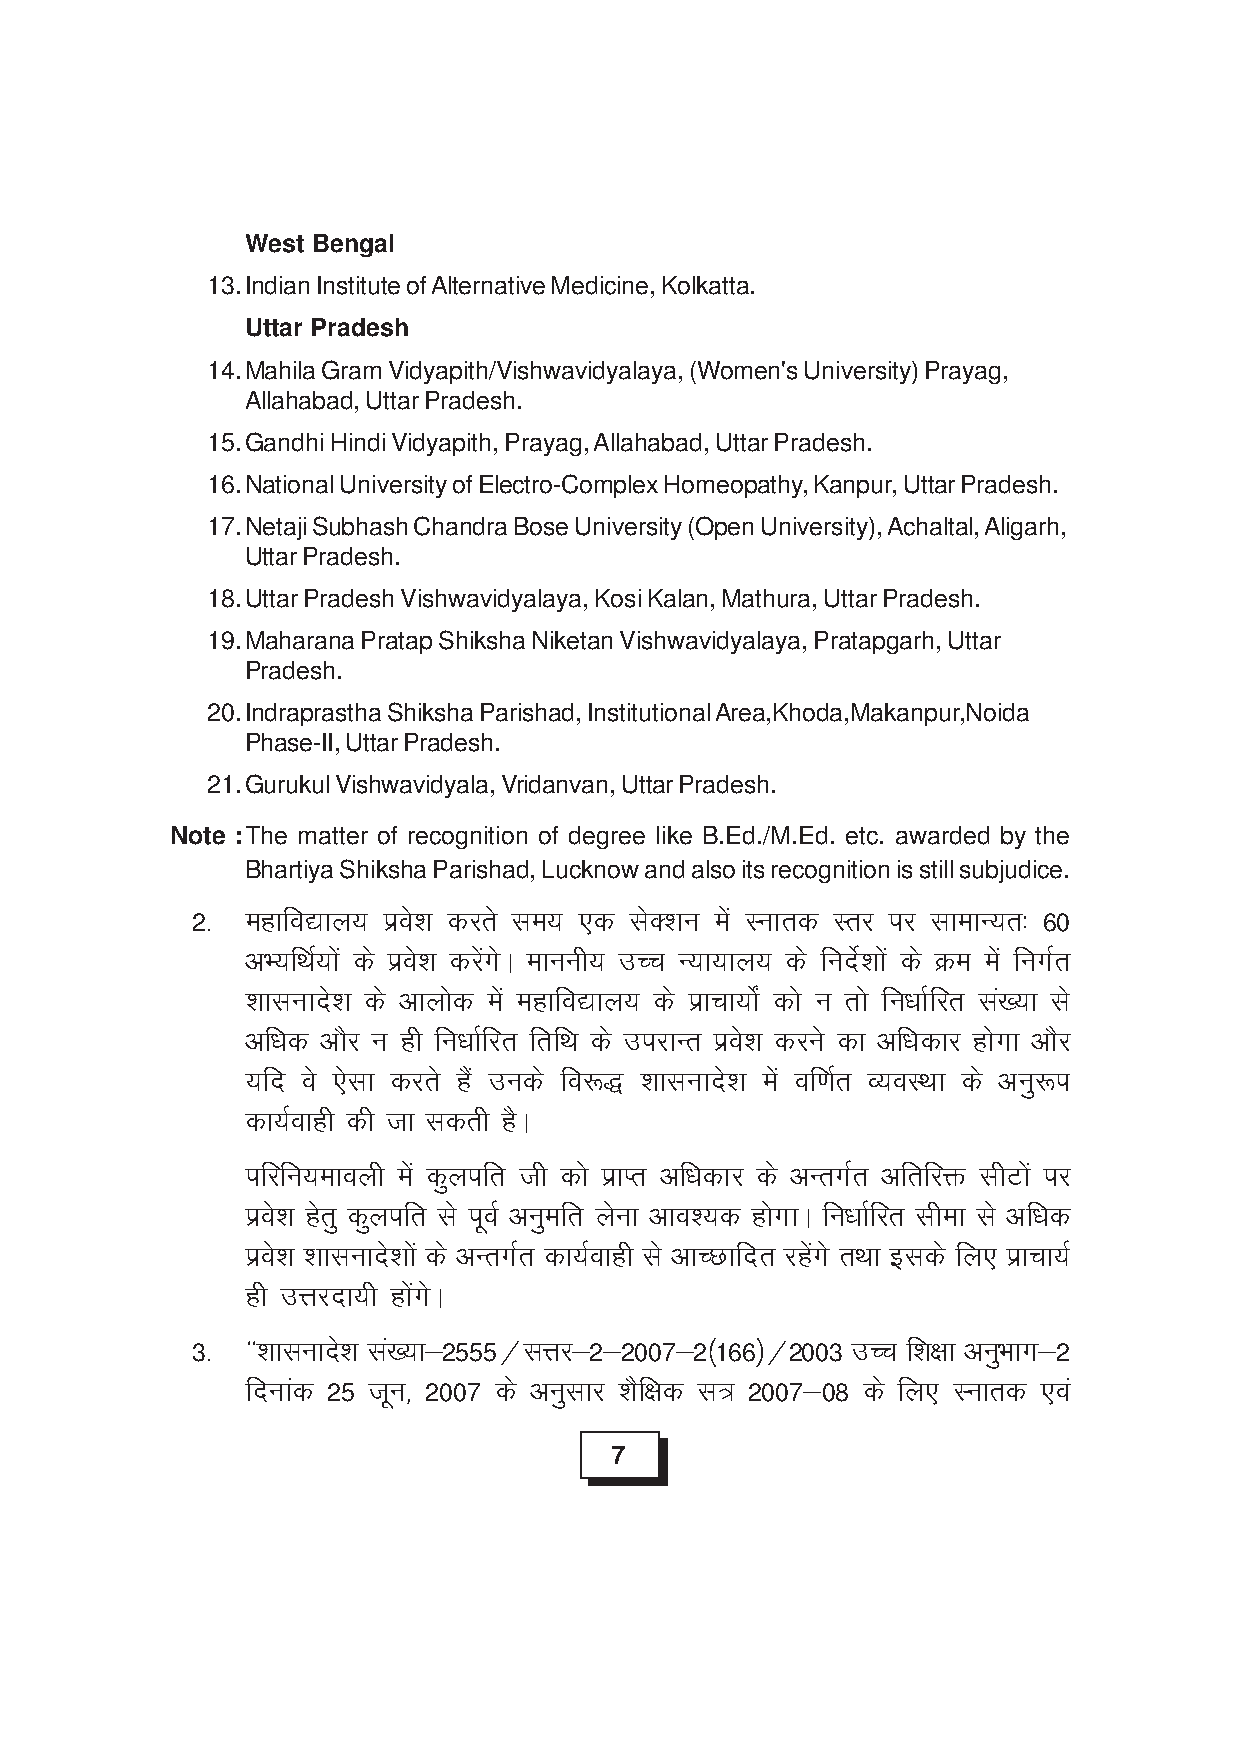
West Bengal
 13.Indian Institute of Alternative Medicine, Kolkatta.
 Uttar Pradesh
 14.Mahila Gram Vidyapith/Vishwavidyalaya, (Women's University) Prayag,
 Allahabad, Uttar Pradesh.
 15.Gandhi Hindi Vidyapith, Prayag, Allahabad, Uttar Pradesh.
 16.National University of Electro-Complex Homeopathy, Kanpur, Uttar Pradesh.
 17.Netaji Subhash Chandra Bose University (Open University), Achaltal, Aligarh,
 Uttar Pradesh.
 18.Uttar Pradesh Vishwavidyalaya, Kosi Kalan, Mathura, Uttar Pradesh.
 19.Maharana Pratap Shiksha Niketan Vishwavidyalaya, Pratapgarh, Uttar
 Pradesh.
 20.Indraprastha Shiksha Parishad, Institutional Area,Khoda,Makanpur,Noida
 Phase-II, Uttar Pradesh.
 21.Gurukul Vishwavidyala, Vridanvan, Uttar Pradesh.
 Note :The matter of recognition of degree like B.Ed./M.Ed. etc. awarded by the
 Bhartiya Shiksha Parishad, Lucknow and also its recognition is still subjudice.
 2- egkfo|ky; izos'k djrs le; ,d lsD'ku esa Lukrd Lrj ij lkekU;r% 60
 vH;fFkZ;ksa ds izos'k djsaxsA ekuuh; mPp U;k;ky; ds funsZ'kksa ds Øe esa fuxZr
 'kklukns'k ds vkyksd esa egkfo|ky; ds izkpk;ksZa dks u rks fu/kkZfjr la[;k ls
 vfèkd vkSj u gh fu/kkZfjr frfFk ds mijkUr izos'k djus dk vf/kdkj gksxk vkSj
 ;fn os ,slk djrs gSa muds fo:) 'kklukns'k esa of.kZr O;oLFkk ds vuq:i
 dk;Zokgh dh tk ldrh gSA
 ifjfu;ekoyh esa dqyifr th dks izkIr vf/kdkj ds vUrxZr vfrfjä lhVksa ij
 izos'k gsrq dqyifr ls iwoZ vuqefr ysuk vko';d gksxkA fu/kkZfjr lhek ls vf/kd
 izos'k 'kklukns'kksa ds vUrxZr dk;Zokgh ls vkPNkfnr jgsaxs rFkk blds fy, izkpk;Z
 gh mÙkjnk;h gksaxsA
 3- ^^'kklukn's k l[a ;k&2555@lÙkj&2&2007&2¼166½@2003 mPp f'k{kk vuHq kkx&2
 fnukad 25 twu] 2007 ds vuqlkj 'kSf{kd l= 2007&08 ds fy, Lukrd ,oa
 7